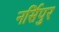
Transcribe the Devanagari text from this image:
नर्सिपुर